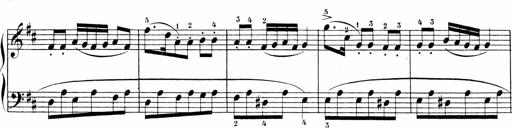
Title: Sonatinen Op.47, 98 und 136, nebst 6 Liedersonatinen
Composer: Carl Reinecke